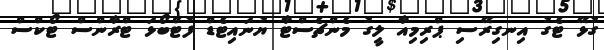
ގުޅޭ ޓެގު އިނގިރޭސި ޕްރިމިއާ ލީގު މެންޗެސްޓާ ޔުނައިޓެޑް ފުޓްބޯޅަ ޓްރާންސް ޓޯކްސް